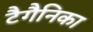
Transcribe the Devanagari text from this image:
टैगैनिका